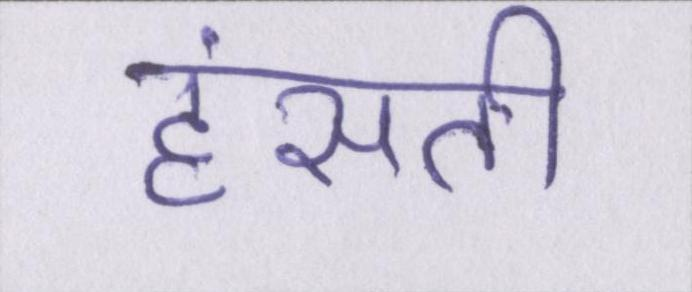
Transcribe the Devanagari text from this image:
हंसती